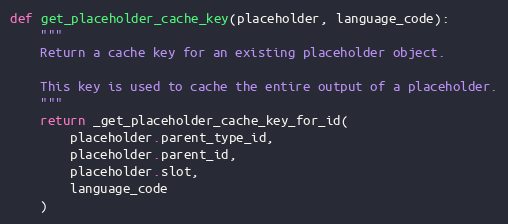
Language: Python
def get_placeholder_cache_key(placeholder, language_code):
    """
    Return a cache key for an existing placeholder object.

    This key is used to cache the entire output of a placeholder.
    """
    return _get_placeholder_cache_key_for_id(
        placeholder.parent_type_id,
        placeholder.parent_id,
        placeholder.slot,
        language_code
    )